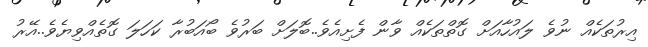
އިރުތަކެއް ނުވެ ލައުހާއަށް ގޮތްތަކެެއް ވާން ފެށިއެވެ..ބޮލަށް ބަރުވެ ބޯއަބުރާ ކަހަލަ ގޮތެއްވިޔެވެ..އޭރު